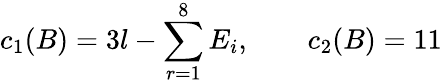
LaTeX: c_{1}(B)=3l-\sum_{r=1}^{8}E_{i},\qquad c_{2}(B)=11